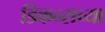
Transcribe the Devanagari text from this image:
डिकन्सच्या